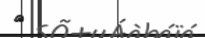
٧